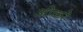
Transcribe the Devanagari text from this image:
ओकरे